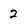
Character: 2